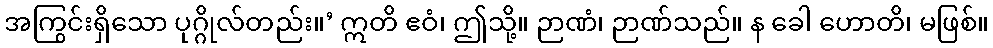
အကြွင်းရှိသော ပုဂ္ဂိုလ်တည်း။’ ဣတိ ဧဝံ၊ ဤသို့။ ဉာဏံ၊ ဉာဏ်သည်။ န ခေါ ဟောတိ၊ မဖြစ်။